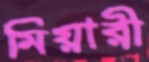
মিয়ারী